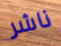
ناشر